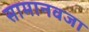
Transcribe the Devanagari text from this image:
सामानवजा